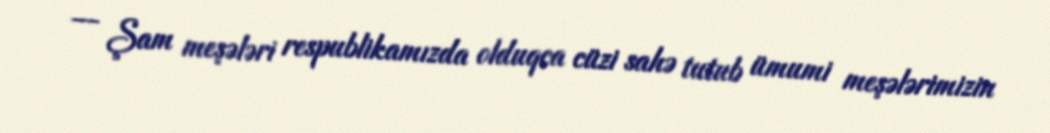
— Şam meşələri respublikamızda olduqca cüzi sahə tutub ümumi meşələrimizin